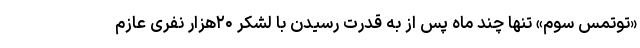
«توتمس سوم» تنها چند ماه پس از به قدرت رسیدن با لشکر ۲۰هزار نفری عازم